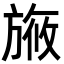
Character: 㫍